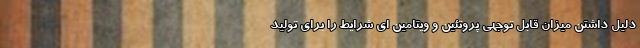
دلیل داشتن میزان قابل توجهی پروتئین و ویتامین ای شرایط را برای تولید